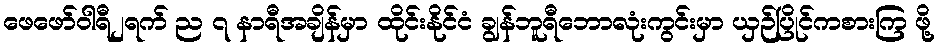
ဖေဖော်ဝါရီ၂ရက် ည ၇ နာရီအချိန်မှာ ထိုင်းနိုင်ငံ ချွန်ဘူရီဘောလုံးကွင်းမှာ ယှဉ်ပြိုင်ကစားကြ ဖို့